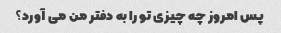
پس امروز چه چیزی تو را به دفتر من می آورد؟